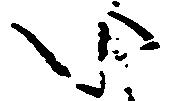
い